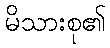
မိသားစု၏